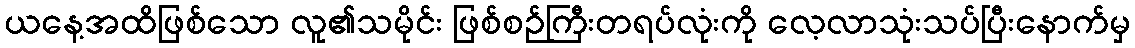
ယနေ့အထိဖြစ်သော လူ၏သမိုင်း ဖြစ်စဉ်ကြီးတရပ်လုံးကို လေ့လာသုံးသပ်ပြီးနောက်မှ